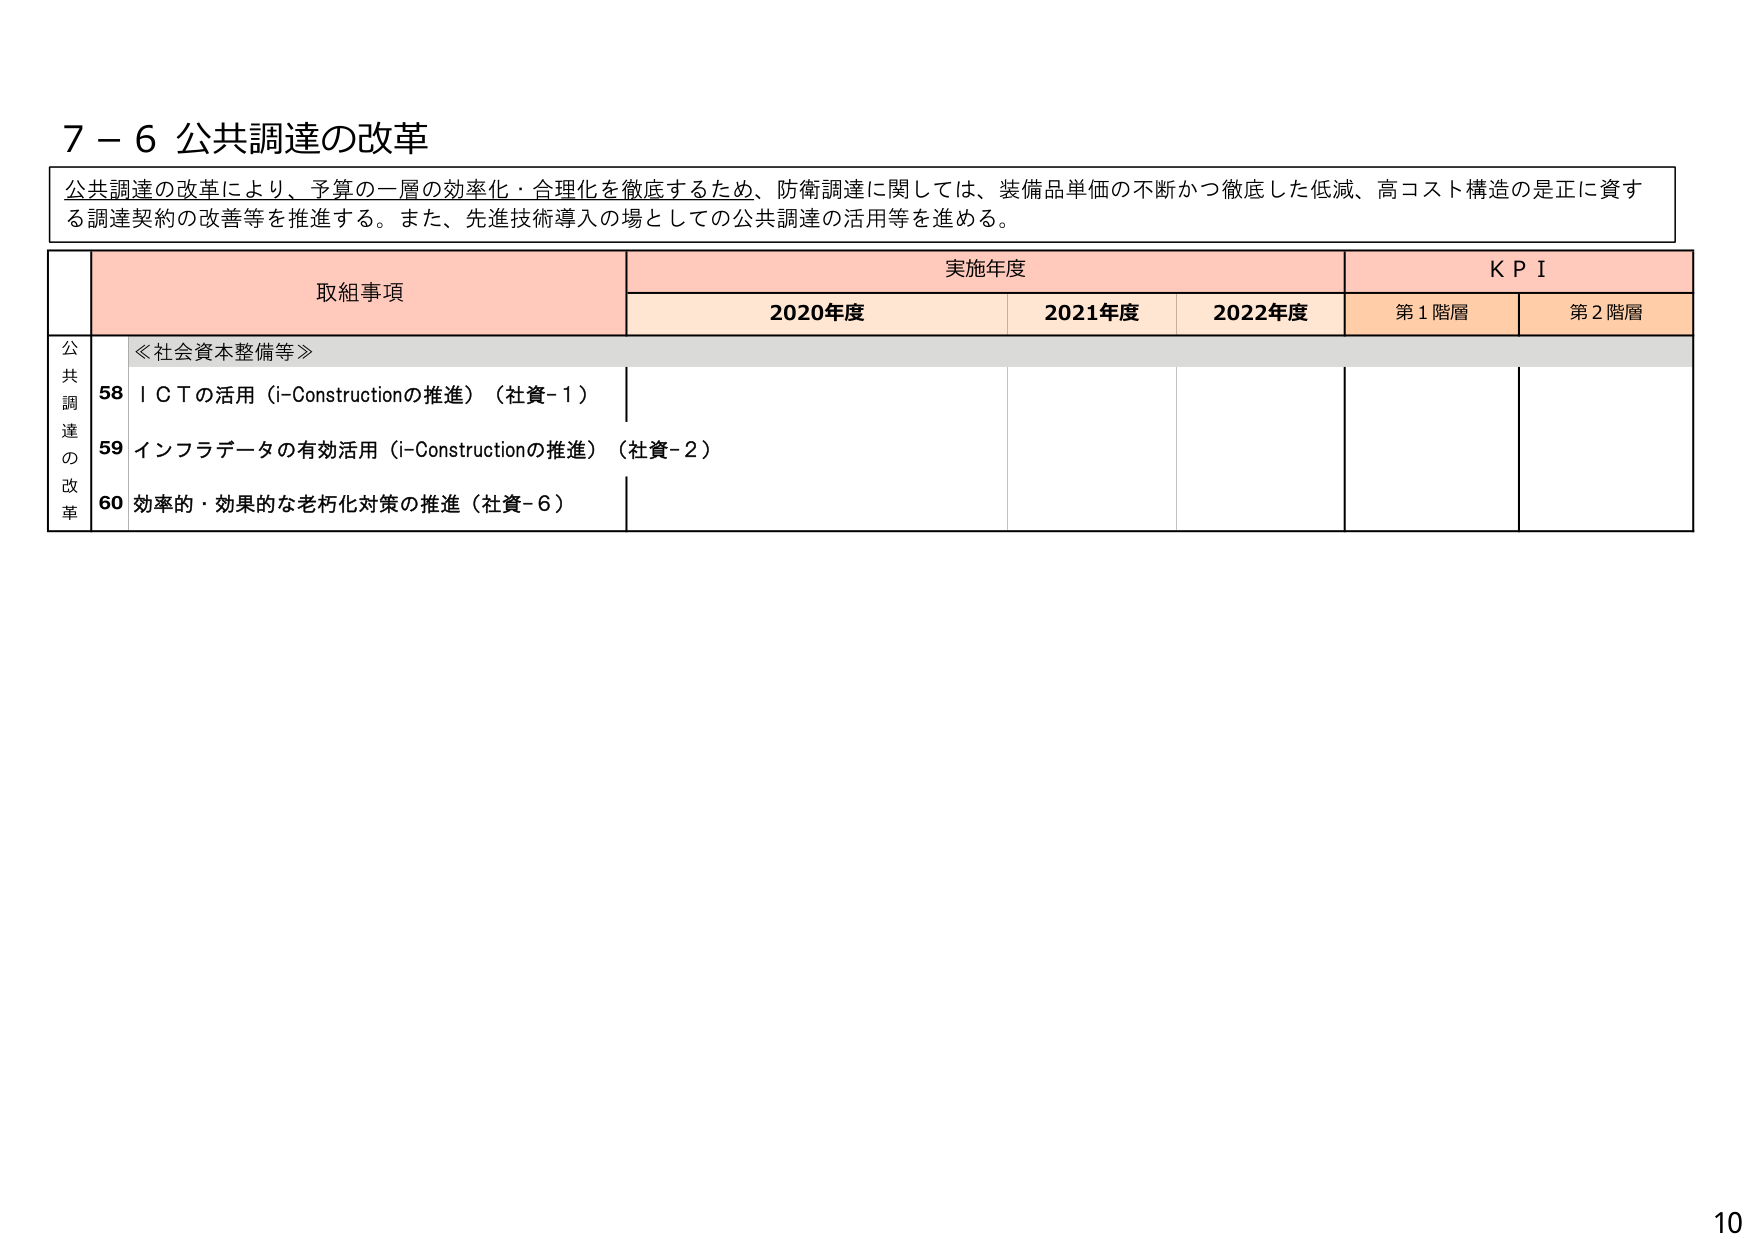
7－6 公共調達の改革

公共調達の改革により、予算の一層の効率化・合理化を徹底するため、防衛調達に関しては、装備品単価の不断かつ徹底した低減、高コスト構造の是正に資する調達契約の改善等を推進する。また、先進技術導入の場としての公共調達の活用等を進める。

取組事項 実施年度 KPI
2020年度 2021年度 2022年度 第1階層 第2階層

公共調達の改革
≪社会資本整備等≫
58 ＩＣＴの活用（i-Constructionの推進）（社資-1）
59 インフラデータの有効活用（i-Constructionの推進）（社資-2）
60 効率的・効果的な老朽化対策の推進（社資-6）

10